Riigikantselei, lk 25
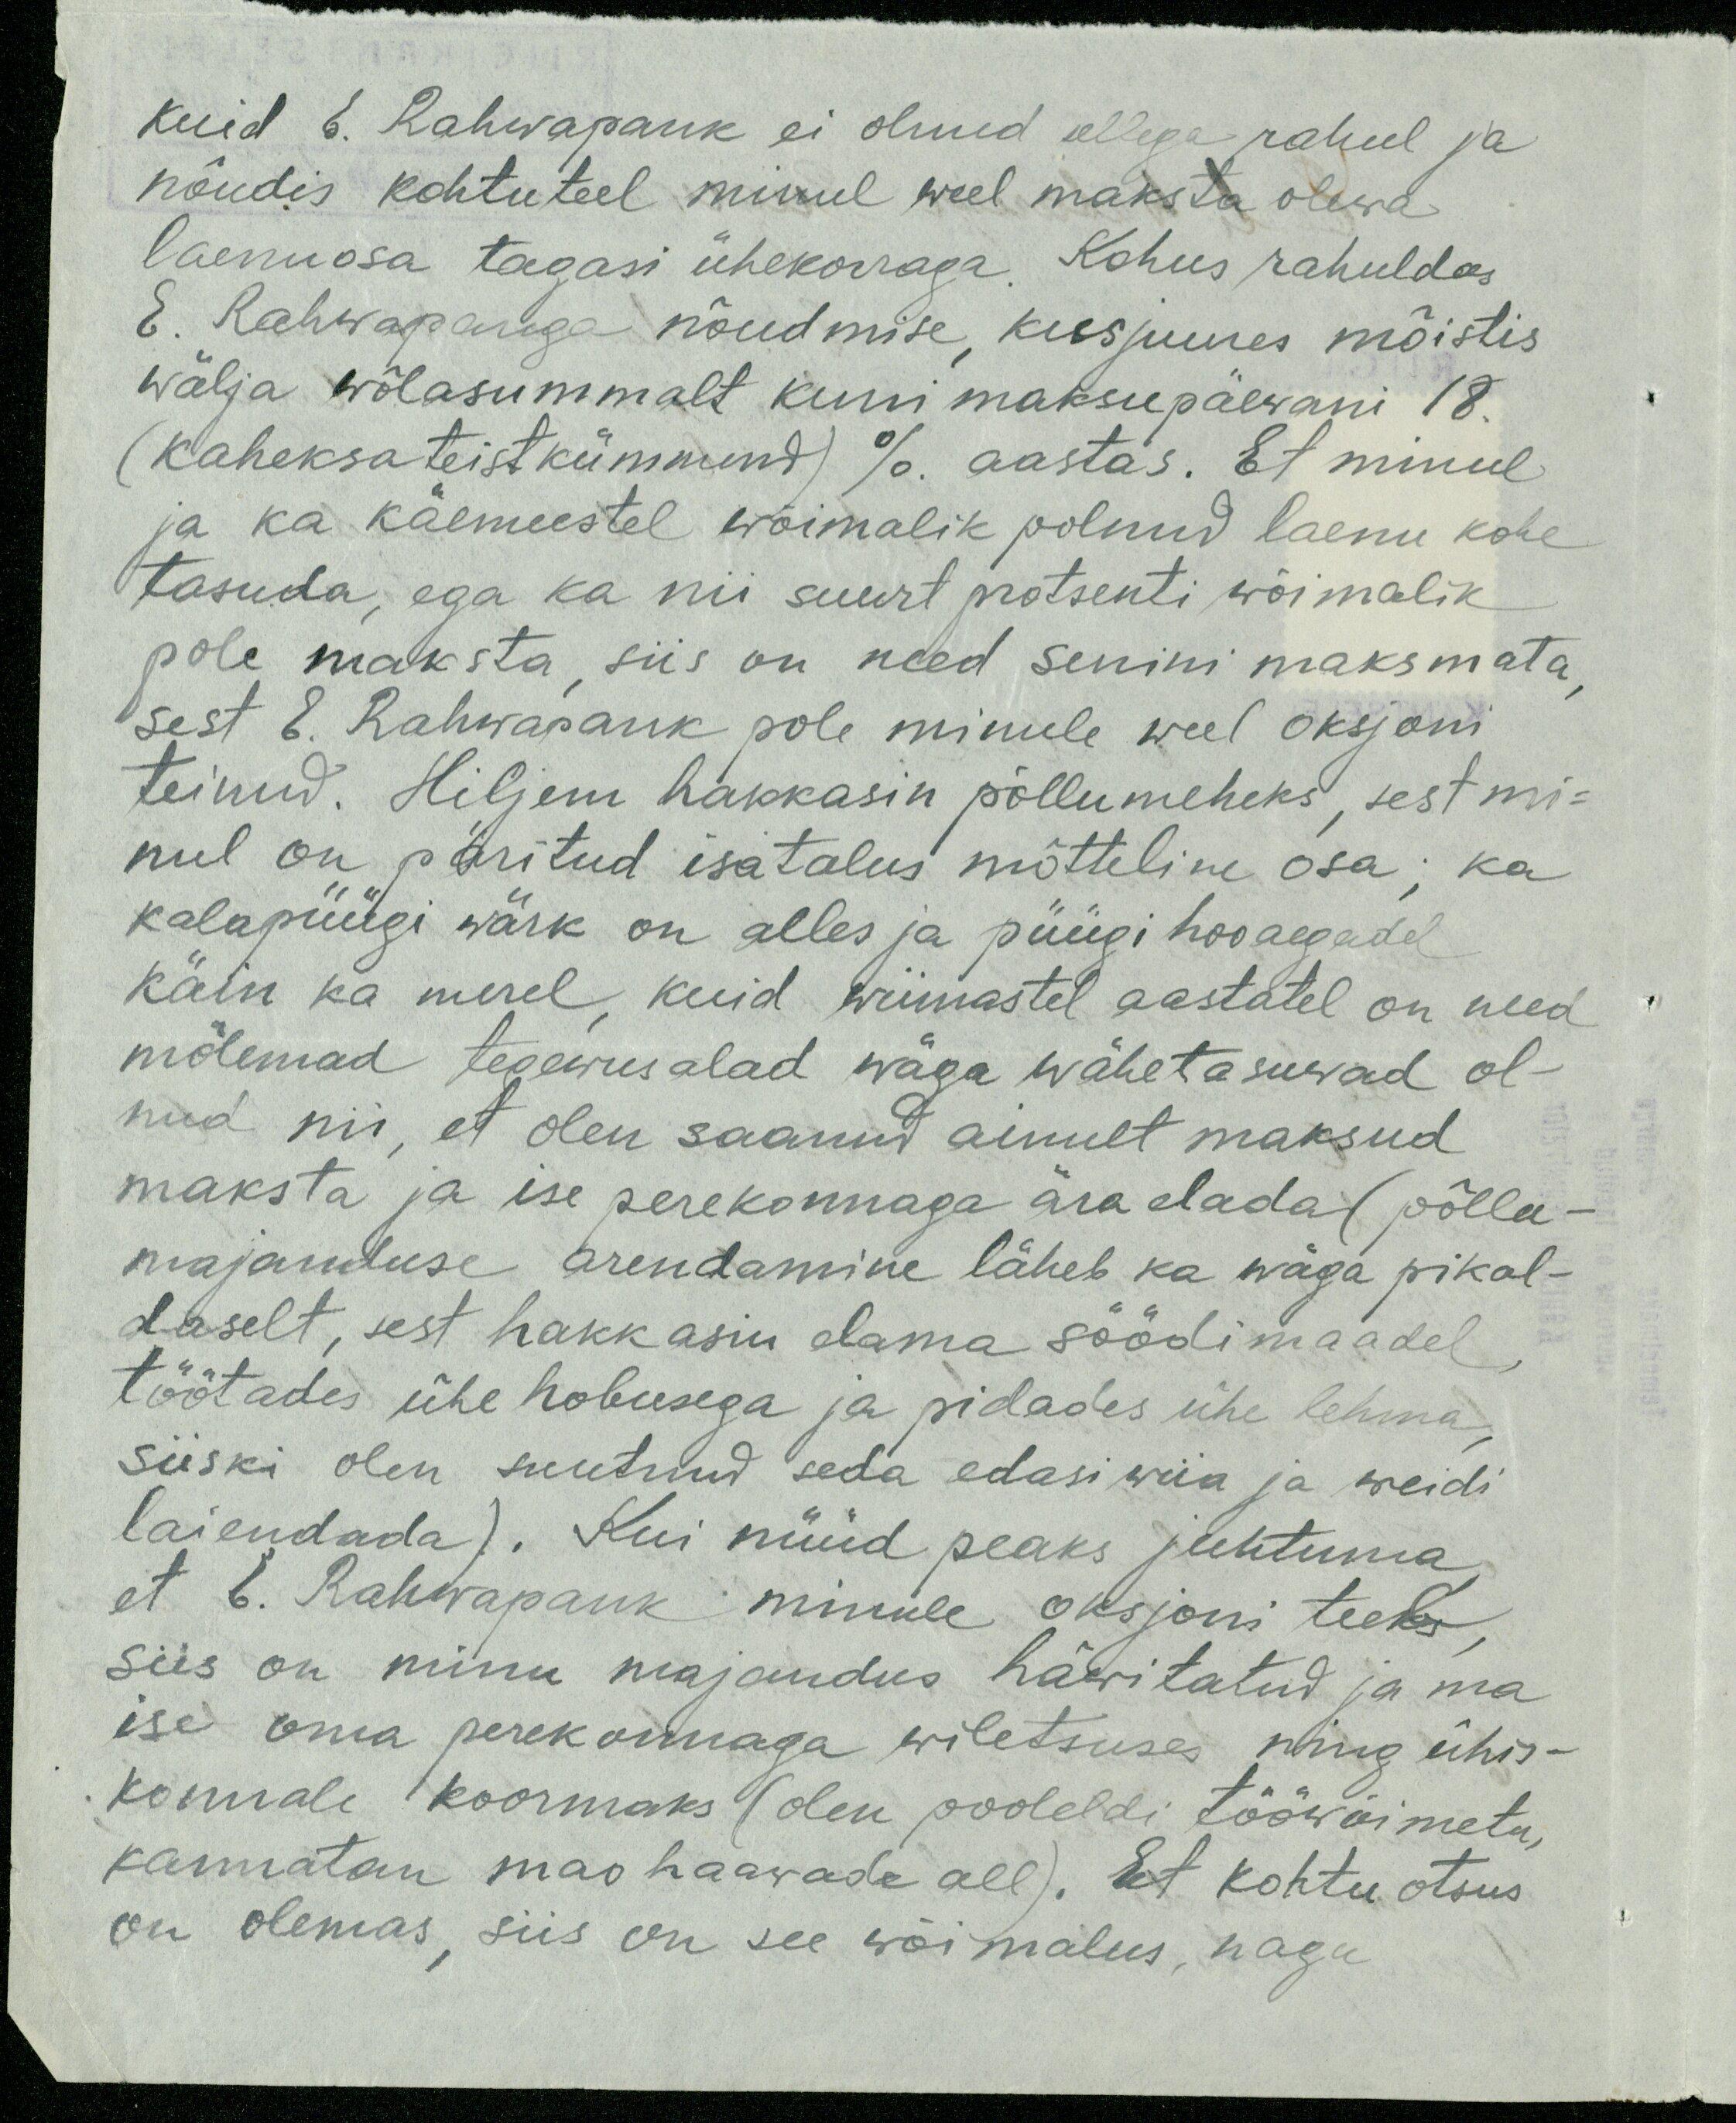
kuid E. Rahvapank ei olnud sellega rahul ja
nõudis kohtuteel minul weel maksta olewa
laenuosa tagasi ühekorraga. Kohus rahuldas
E. Rahwapanga nõudmise, kusjuures mõistis
wälja wõlasummalt kuni maksupäewani 18.
(kaheksateistkümmend) % aastas. Et minul
ja ka käemeestel wõimalik polnud laenu kohe
tasuda, ega ka nii suurt protsenti wõimalik
pole maksta, siis on need senini maksmata,
sest E. Rahvapank pole minule weel oksjoni
teinud. Hiljem hakkasin põllumeheks, sest mi-
nul on päritud isatalus mõtteline osa; ka
kalapüügi wärk on alles ja püügi hooaegadel
käin ka merel, kuid wiimastel aastatel on need
mõlemad tegevusalad wäga wähetasuwad ol-
nud nii, et olen saanud ainult maksud
maksta ja ise perekonnaga ära elada (põllu-
majanduse arendamine läheb ka wäga pikal-
daselt, sest hakkasin elama söödimaadel
töötades ühe hobusega ja pidades ühe lehma,
siiski olen suutnud seda edasi wiia ja weidi
laiendada). Kui nüüd peaks juhtuma,
et E. Rahvapanik minule oksjoni teeks,
siis on minu majandus häwitatud ja ma
ise oma perekonnaga wiletsuses ning ühis-
konnale koormaks (olen pooleldi tööwõimeta,
kannatan mao haawade all). Et kohtu otsus-
on olemas, siis on see wõimalus, nagu